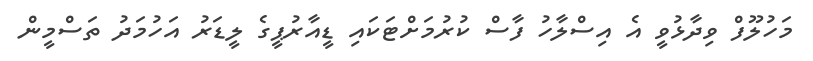
މަހުލޫފް ވިދާޅުވީ އެ އިސްލާހު ފާސް ކުރުމަށްޓަކައި ޑީއާރުޕީގެ ލީޑަރު އަހުމަދު ތަސްމީން